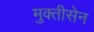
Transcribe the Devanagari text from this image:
मुक्तीसेन